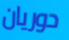
دوريان